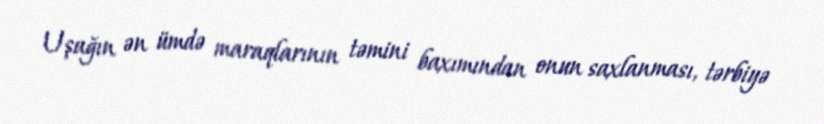
Uşağın ən ümdə maraqlarının təmini baxımından onun saxlanması, tərbiyə